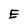
Character: E